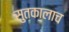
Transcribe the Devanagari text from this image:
सुतकालाच